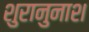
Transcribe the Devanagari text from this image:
शुरानुनाश